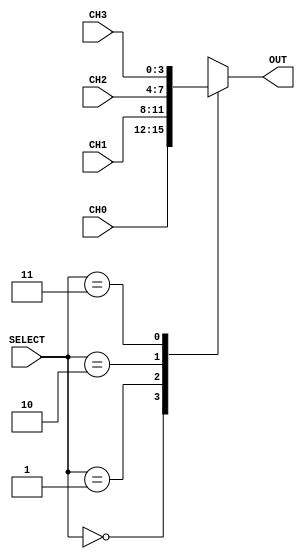
module multiplexer(SELECT, CH0, CH1, CH2, CH3, OUT);
    input [1:0]SELECT;
    input [3:0]CH0;
    input [3:0]CH1;
    input [3:0]CH2;
    input [3:0]CH3;
    output reg [3:0]OUT;

    always @(*)begin
        case(SELECT)
            0: OUT = CH0;
            1: OUT = CH1;
            2: OUT = CH2;
            3: OUT = CH3;
        endcase
    end
endmodule